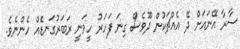
ސާރާ އޭނައަށް ދޭ އެއްޗަކުން ދޫވެސް ގިނަ ފަހަރު ހީވަނީ ރަބަރުގަނޑެއް ހެންނެވެ.